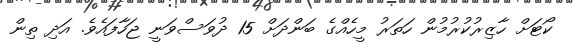
ކޯޓަށް ހާޒިރުކުރުމުން ހަތަރު މީހެއްގެ ބަންދަށް 15 ދުވަސްވަނީ ޖަހާފައެވެ. އަދި ތިން